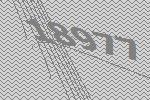
18977